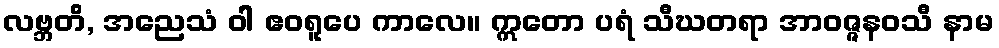
လဗ္ဘတိ, အညေသံ ဝါ ဧဝရူပေ ကာလေ။ ဣတော ပရံ သီဃတရာ အာဝဇ္ဇနဝသီ နာမ